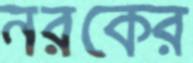
নরকের